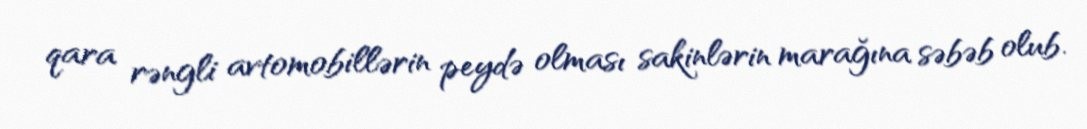
qara rəngli avtomobillərin peydə olması sakinlərin marağına səbəb olub.